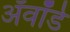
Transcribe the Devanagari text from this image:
अॅवॉर्ड